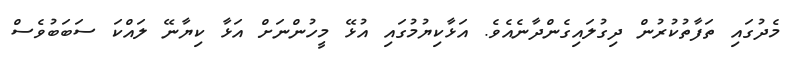
މެދުގައި ތަފާތުކުރުން ދިގުލައިގެންދާނެއެވެ. އަޅާކިޔުމުގައި އުޅޭ މީހުންނަށް އަޅާ ކިޔާނޭ ލައްކަ ސަބަބުވެސް